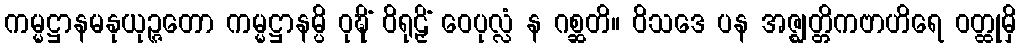
ကမ္မဋ္ဌာနမနုယုဉ္ဇတော ကမ္မဋ္ဌာနမ္ပိ ဝုဍ္ဎိံ ဝိရုဠှိံ ဝေပုလ္လံ န ဂစ္ဆတိ။ ဝိသဒေ ပန အဇ္ဈတ္တိကဗာဟိရေ ဝတ္ထုမှိ